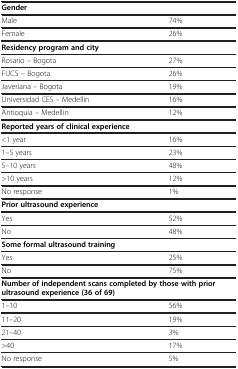
| <COLSPAN=2> Gender |
 | --- | --- |
 | Male | 74% |
 | Female | 26% |
 | <COLSPAN=2> Residency program and city |
 | Rosario – Bogota | 27% |
 | FUCS – Bogota | 26% |
 | Javeriana – Bogota | 19% |
 | Universidad CES – Medellin | 16% |
 | Antioquia – Medellin | 12% |
 | <COLSPAN=2> Reported years of clinical experience |
 | <1 year | 16% |
 | 1–5 years | 23% |
 | 5–10 years | 48% |
 | >10 years | 12% |
 | No response | 1% |
 | <COLSPAN=2> Prior ultrasound experience |
 | Yes | 52% |
 | No | 48% |
 | <COLSPAN=2> Some formal ultrasound training |
 | Yes | 25% |
 | No | 75% |
 | <COLSPAN=2> Number of independent scans completed by those with prior ultrasound experience (36 of 69) |
 | 1–10 | 56% |
 | 11–20 | 19% |
 | 21–40 | 3% |
 | >40 | 17% |
 | No response | 5% |